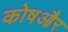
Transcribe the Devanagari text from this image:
कोषऔर